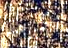
تكرهه